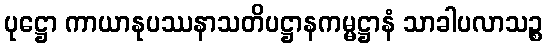
ပုဋ္ဌော ကာယာနုပဿနာသတိပဋ္ဌာနကမ္မဋ္ဌာနံ သာခါပလာသဉ္စ